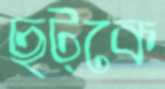
ছট্‌কে